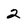
Character: 2